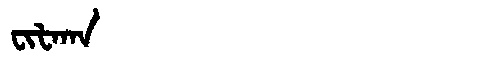
Manchu: ᠸᡳᡶᠠᡴᠠ
Romanization: FIFAKA